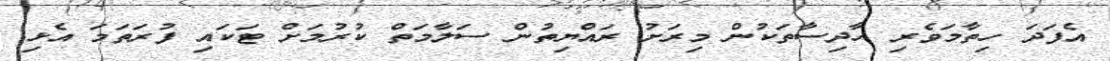
އެފަދަ ހިތާމަވެރި ހާދިސާތަކުން މިރަށު ރައްޔިތުން ސަލާމަތް ކުރުމަށް ޓަކައި ފުރަތަމަ އެޅި